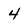
Character: 4